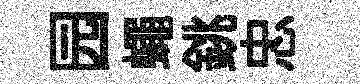
园蠅銚忠